Vaccination in Bombay 1889-1901 - 1889-1901
Year: 1889
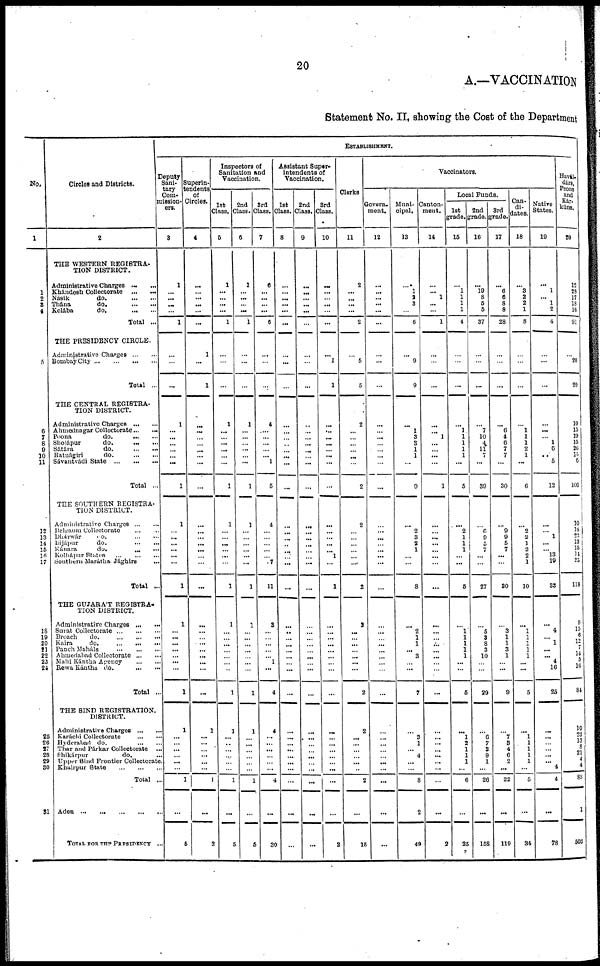
20
A.—VACCINATION
Statement No. II, showing the Cost of the Department
No.
1
1
2
3
4
5
6
7
8
9
10
11
12
13
14
15
16
17
18
19
20
21
22
23
24
25
26
27
28
29
30
31
Circles and Districts.
2
THE WESTERN REGISTRA-
TION DISTRICT.
Administrative Charges ...
Khándesh Collectorate
... ...
Násik
do.
...
...
Thána
do.
...
...
Kolába
do.
... ...
Total ...
THE PRESIDENCY CIRCLE.
Administrative
Charges...
...
Bombay
City...
...
...
...
Total ...
THE CENTRAL REGISTRA-
TION DISTRICT.
Administrative Charges
...
...
Ahmednagar
Collectorate...
...
Poona
do.
...
...
Sholápur
do.
...
...
Sátára
do.
...
...
Ratnágiri
do.
...
...
Sávantvádi State
...
...
...
Total ...
THE SOUTHERN REGISTRA-
TION DISTRICT.
Administrative
Charges... ...
Belgaum Collectorate ... ...
Dhárwár
do.
...
...
Bijápur
do.
...
...
Kánara
do.
...
...
Kolhápur States
...
...
...
Southern Marátha Jághirs ...
Total ..
THE GUJARÁT REGISTRA¬
TION DISTRICT.
Administrative
Charges...
...
Surat
Collectorate...
...
...
Broach
do.
...
...
...
Kaira
do.
...
...
...
Panch Maháls
...
...
...
Ahmedabad
Collectorate...
...
Mahi Kántha Agency
...
...
Rewa Kántha do.
...
...
Total ...
THE SIND REGISTRATION.
DISTRICT.
Administrative Charges ... ...
Karáchi Collectorate
... ...
Hyderabad do. ... ...
Thar and Párkar Collectorate ...
Shikárpur
do. ...
Upper Sind Frontier Collectorate.
Khairpur State
...
...
...
Total ...
Aden...
...
...
...
...
TOTAL FOR THE PRESIDENCY ...
ESTABLISHMENT.
Deputy
Sani¬
tary
Com¬
mission¬
ers.
3
1
...
...
...
...
1
...
...
...
1
...
...
...
...
...
...
1
1
...
...
...
...
...
...
1
1
...
...
...
...
...
...
...
1
1
...
...
...
...
...
...
1
...
5
Superin¬
tendents¬
of
Circles.
4
...
...
...
...
...
...
1
...
1
...
...
...
...
...
...
...
...
...
...
...
... ...
...
...
...
...
...
...
...
...
...
...
...
...
1
...
...
...
...
...
...
1
...
2
Inspectors of
Sanitation and
Vaccination.
1st
Class.
5
1
...
...
...
...
1
...
...
...
1
...
...
...
...
...
...
1
1
...
...
...
...
...
...
1
1
...
...
...
...
...
...
...
1
1
...
...
...
...
...
...
1
...
5
2nd
Class.
6
1
...
...
...
...
1
...
...
...
1
...
...
...
...
...
...
1
1
...
...
...
...
...
...
1
1
...
...
...
...
...
...
...
1
1
...
...
...
...
...
...
1
...
5
3rd
Class.
7
6
...
...
...
...
6
...
...
...
4
...
...
...
...
...
1
5
4
...
...
...
...
...
7
11
3
...
...
...
...
...
1
...
4
4
...
...
...
...
...
...
4
...
30
Assistant Super-
intendents of
Vaccination.
1st
Class.
8
...
...
...
...
...
...
...
...
...
...
...
...
...
...
...
...
...
...
...
...
...
...
...
...
...
...
...
...
...
...
...
...
...
...
...
...
...
...
...
...
...
...
...
...
2nd
Class.
9
...
...
... ...
...
...
...
...
...
...
...
...
...
...
...
...
...
...
...
...
...
...
...
...
...
...
...
...
...
...
...
...
...
...
...
...
...
...
...
...
...
...
...
...
3rd
Class.
10
...
...
...
...
...
...
...
1
1
...
...
...
...
...
...
...
...
...
...
...
...
...
1
...
1
...
...
...
...
...
...
...
...
...
...
...
...
...
...
...
...
...
...
2
Clerks
11
2
...
...
...
...
2
...
5
5
2
...
...
...
...
...
...
2
2
...
...
...
...
...
...
2
2
...
...
...
...
...
...
...
2
2
...
...
...
...
...
...
2
...
15
Vaccinators.
Govern¬
ment.
12
...
...
... ...
...
...
...
...
...
...
...
...
...
...
...
...
...
...
...
...
...
...
...
...
...
...
...
...
...
...
...
...
...
...
...
...
...
...
...
...
...
...
...
...
Muni-
cipal.
13
...
1
2
3
...
6
...
9
9
...
1
3
3 1
1
...
9
...
2
3
2
1
...
...
8
...
2
1
1
...
3
...
...
7
...
3
1
...
4
...
...
8
2
49
Canton-
ment.
14
...
... 1
...
...
1
...
...
...
...
... 1
...
...
...
...
1
...
...
...
...
...
...
...
...
...
...
...
...
...
...
...
...
...
...
...
...
...
...
...
...
...
...
2
Local Funds.
1st
grade.
15
...
1
1
1
1
4
...
...
...
...
1
1
1
1
1
...
5
...
2
1
1
1
...
...
5
...
1
1
1
1
1
...
...
5
...
1
2
1
1
1
...
6
...
25
2nd
grade.
16
...
19
8
5
5
37
...
...
...
...
7
10
4
11
...
...
39
...
6
9
5
7
...
...
27
...
5
3
8 3
10
...
...
29
...
6
7
3
9
1
...
26
...
158
3rd
grade.
17
...
6
6
8
8
28
...
...
...
...
6
4
6
7
7
...
30
...
9
9
5
7
...
...
30
...
3
1
1
3
1
...
...
9
...
7
3
4
6
2
...
22
...
119
Can-
di-
dates.
18
...
3
2
2
1
8
...
...
...
...
1
1
1
2
1
...
6
...
2
2
1
2
2
1
10
...
1
1
1
1
1
...
...
5
...
1
1
1
1
1
...
5
...
34
Native
States.
19
...
1
... 1
2
4
...
...
...
...
...
...
1
6
...
5
12
...
...
1
...
...
13
19
33
...
4
...
1
...
...
4
16
25
...
...
...
...
...
... 4
4
...
78
Havál¬.
dárs,
Peons
and
Kár¬
kúns.
20
12
28
17
18
16
91
...
20
20
10
15
19
15
26
15
6
106
10
18
23
13
15
11
25
118
9
15
6
12
7
14
5
16
84
10
23
13
8
...
...
4
83
1
503